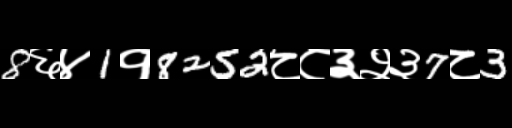
Text: 8६४1१8252८८३२३7८3